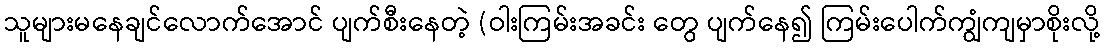
သူများမနေချင်လောက်အောင် ပျက်စီးနေတဲ့ (ဝါးကြမ်းအခင်း တွေ ပျက်နေ၍ ကြမ်းပေါက်ကျွံကျမှာစိုးလို့